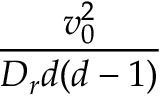
\frac { v _ { 0 } ^ { 2 } } { D _ { r } d ( d - 1 ) }